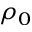
\rho _ { 0 }